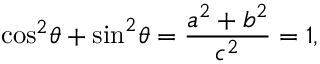
{ \cos } ^ { 2 } \theta + { \sin } ^ { 2 } \theta = { \frac { a ^ { 2 } + b ^ { 2 } } { c ^ { 2 } } } = 1 ,